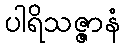
ပါရိသဇ္ဇာနံ